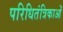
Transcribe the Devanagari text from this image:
परिधितंत्रिकाओं